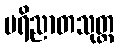
ပရိညာတသုတ္တ